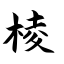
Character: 棱